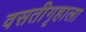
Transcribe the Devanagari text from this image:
वसतीगृहाला